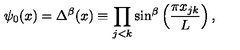
\psi _ { 0 } ( x ) = \Delta ^ { \beta } ( x ) \equiv \prod _ { j < k } \sin ^ { \beta } \left( \frac { \pi x _ { j k } } { L } \right) ,